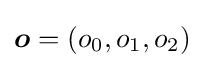
{\boldsymbol {o}}=(o_{0},o_{1},o_{2})